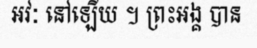
អវៈ នៅឡើយ ។ ព្រះអង្គ បាន